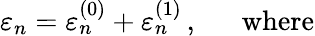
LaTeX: \varepsilon_{n}=\varepsilon_{n}^{(0)}+\varepsilon_{n}^{(1)}\, ,~~~~~~\mathrm{where}